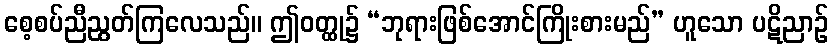
စေ့စပ်ညီညွတ်ကြလေသည်။ ဤဝတ္ထု၌ “ဘုရားဖြစ်အောင်ကြိုးစားမည်” ဟူသော ပဋိညာဉ်